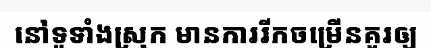
នៅទូទាំងស្រុក មានការរីកចម្រើនគួរឲ្យ